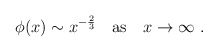
\begin{align*}\phi(x)\sim x^{-{2\over 3}}\quad{\rm as}\ \ \ x\rightarrow \infty\ .\end{align*}